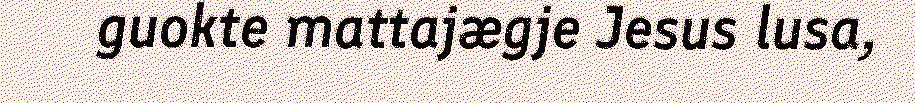
guokte mattajægje Jesus lusa,